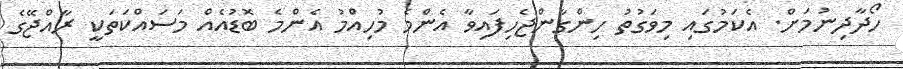
ހޯދާދިނުމަށް. އެކަމުގައި މިވަގުތު ހިންގާންޖެހިފައިވާ އެންމެ މުހިއްމު އެންމެ ބޮޑުއެއް މަސައްކަތަކީ ރާއްޖޭގެ